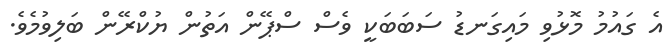
އެ ގައުމު މޮޅުވި މައިގަނޑު ސަބަބަކީ ވެސް ސްޕޭން އަތުން ޔުކްރޭން ބަލިވުމެވެ.